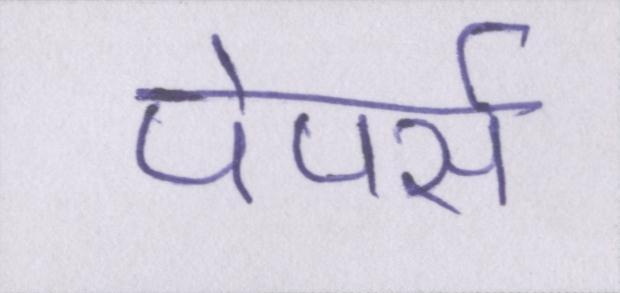
पेपर्स